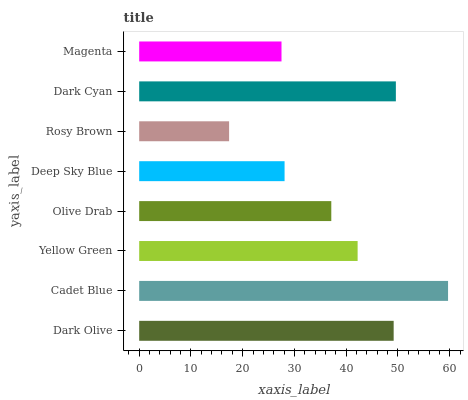
| yaxis_label | bars |
 | --- | --- |
 | Dark Olive | 49.2 |
 | Cadet Blue | 59.7 |
 | Yellow Green | 42.2 |
 | Olive Drab | 37.1 |
 | Deep Sky Blue | 28.1 |
 | Rosy Brown | 17.4 |
 | Dark Cyan | 49.6 |
 | Magenta | 27.5 |